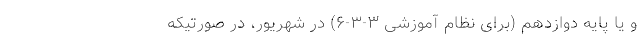
و یا پایه دوازدهم (برای نظام آموزشی ۳-۳-۶) در شهریور، در صورتیکه